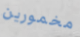
مخمورين